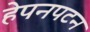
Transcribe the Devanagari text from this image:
हेपनपटन